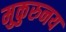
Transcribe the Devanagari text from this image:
मुकुरुनय